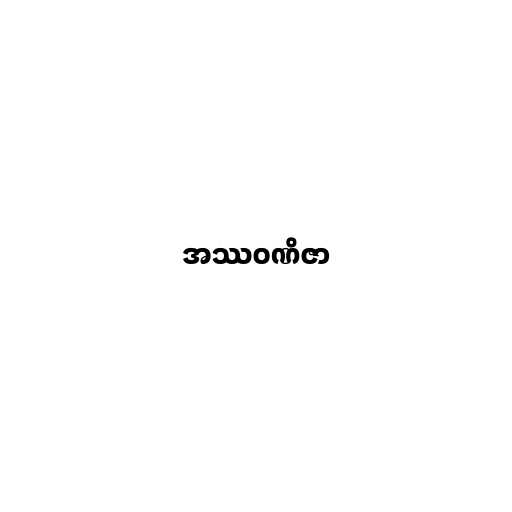
အဿဝဏိဇာ